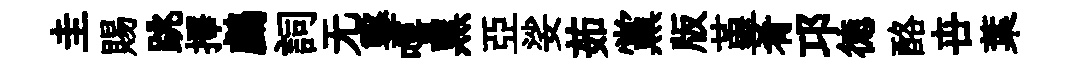
圭賜跳擇鸕詞无鑿嘻黑亞娑茹黨版堇肴邛徳酪卋葉